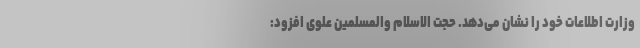
وزارت اطلاعات خود را نشان می‌دهد. حجت الاسلام والمسلمین علوی افزود: